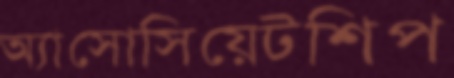
অ্যাসোসিয়েটশিপ